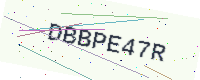
Text: DBBPE47R